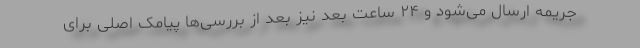
جریمه ارسال می‌شود و ۲۴ ساعت بعد نیز بعد از بررسی‌ها پیامک اصلی برای